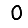
Digit: 0